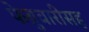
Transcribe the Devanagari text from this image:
फेब्रुवारीसह